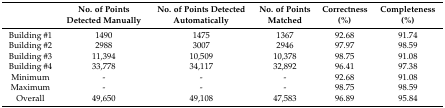
<table><thead><tr><td></td><td><b>No. of Points Detected Manually</b></td><td><b>No. of Points Detected Automatically</b></td><td><b>No. of Points Matched</b></td><td><b>Correctness (%)</b></td><td><b>Completeness (%)</b></td></tr></thead><tbody><tr><td>Building #1</td><td>1490</td><td>1475</td><td>1367</td><td>92.68</td><td>91.74</td></tr><tr><td>Building #2</td><td>2988</td><td>3007</td><td>2946</td><td>97.97</td><td>98.59</td></tr><tr><td>Building #3</td><td>11,394</td><td>10,509</td><td>10,378</td><td>98.75</td><td>91.08</td></tr><tr><td>Building #4</td><td>33,778</td><td>34,117</td><td>32,892</td><td>96.41</td><td>97.38</td></tr><tr><td>Minimum</td><td>-</td><td>-</td><td>-</td><td>92.68</td><td>91.08</td></tr><tr><td>Maximum</td><td>-</td><td>-</td><td>-</td><td>98.75</td><td>98.59</td></tr><tr><td>Overall</td><td>49,650</td><td>49,108</td><td>47,583</td><td>96.89</td><td>95.84</td></tr></tbody></table>